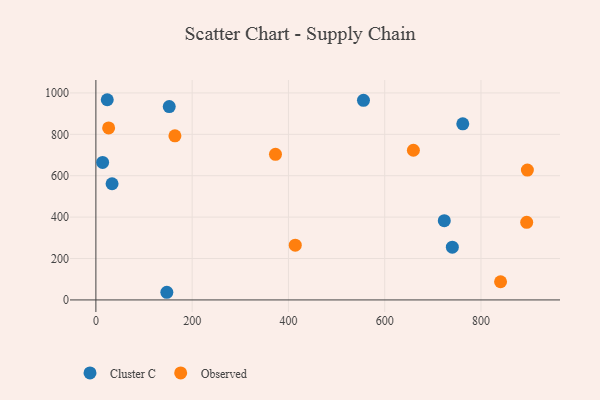
{"axis": {"x": "Price", "y": "Rating"}, "legend": ["Cluster C", "Observed"], "data": [{"x": "762.2", "y": 851.0, "type": "Cluster C"}, {"x": "152.4", "y": 934.1, "type": "Cluster C"}, {"x": "23.6", "y": 967.2, "type": "Cluster C"}, {"x": "555.9", "y": 964.1, "type": "Cluster C"}, {"x": "33.6", "y": 561.2, "type": "Cluster C"}, {"x": "723.8", "y": 382.8, "type": "Cluster C"}, {"x": "14.0", "y": 664.2, "type": "Cluster C"}, {"x": "147.4", "y": 37.0, "type": "Cluster C"}, {"x": "740.5", "y": 254.8, "type": "Cluster C"}, {"x": "840.7", "y": 87.8, "type": "Observed"}, {"x": "895.0", "y": 374.7, "type": "Observed"}, {"x": "164.2", "y": 792.8, "type": "Observed"}, {"x": "659.6", "y": 723.1, "type": "Observed"}, {"x": "373.1", "y": 703.4, "type": "Observed"}, {"x": "896.4", "y": 627.3, "type": "Observed"}, {"x": "414.2", "y": 264.5, "type": "Observed"}, {"x": "26.5", "y": 831.2, "type": "Observed"}]}